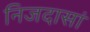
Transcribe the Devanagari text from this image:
निजदासां